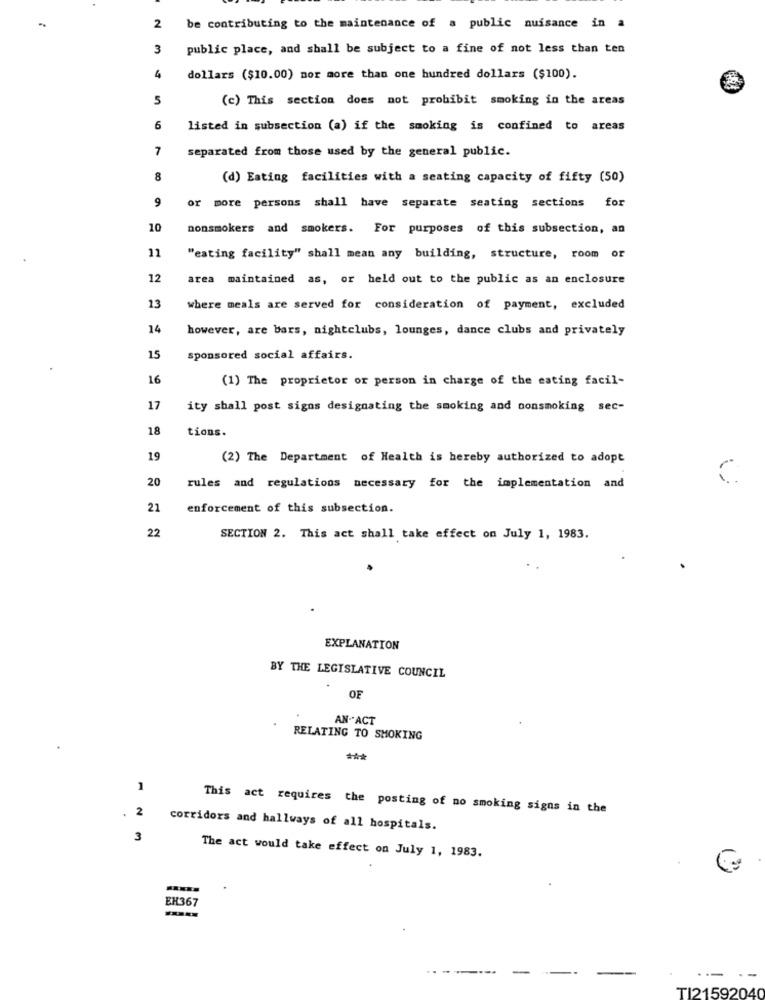
2
be contributing to the maintenance of a public nuisance in a
3
public place, and shall be subject to a fine of not less than ten
4
dollars ($10.00) mor more than one hundred dollars ($100).
5
(c) This section does not prohibit smoking in the areas
6
listed in subsection (a) if the smoking is confined to areas
7
separated from those used by the general public.
8
(d) Eating facilities with a seating capacity of fifty (50)
9
or more persons shall have separate seating sections for
10
nonsmokers and smokers. For purposes of this subsection, an
11
"eating facility" shall mean any building, structure, room or
12
area maintained as, or held out to the public as an enclosure
13
where meals are served for consideration of payment, excluded
14
however, are bars, nightclubs, lounges, dance clubs and privately
15
sponsored social affairs.
16
(1) The proprietor or person in charge of the eating facil-
17
ity shall post signs designating the smoking and nonsmoking sec-
18
tions.
19
(2) The Department of Health is hereby authorized to adopt
20
rules and regulations necessary for the implementation and
21
enforcement of this subsection.
22
SECTION 2. This act shall take effect on July 1, 1983.
EXPLANATION
BY THE LEGISLATIVE COUNCIL
OF
AN.ACT
RELATING TO SMOKING
1
2
This act requires the posting of no smoking signs in the
corridors and hallways of all hospitals.
3
The act would take effect on July 1, 1983.
EN367
....
-
TI21592040